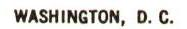
WASHINGTON, D.C.